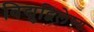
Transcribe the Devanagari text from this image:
विद्युद्विलेष्य